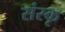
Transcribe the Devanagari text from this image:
संस्कृ